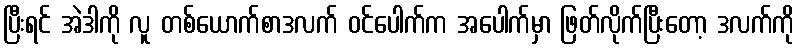
ပြီးရင် အဲဒါကို လူ တစ်ယောက်စာဒလက် ဝင်ပေါက်က အပေါက်မှာ ဖြတ်လိုက်ပြီးတော့ ဒလက်ကို